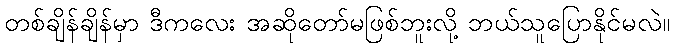
တစ်ချိန်ချိန်မှာ ဒီကလေး အဆိုတော်မဖြစ်ဘူးလို့ ဘယ်သူပြောနိုင်မလဲ။